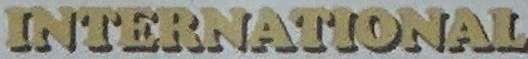
ITENATIONAL